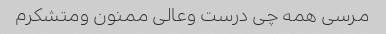
مرسی همه چی درست وعالی ممنون ومتشکرم